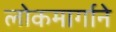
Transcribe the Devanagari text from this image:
लोकमार्गाने